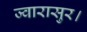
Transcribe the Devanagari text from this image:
ज्वारासुर।